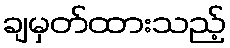
ချမှတ်ထားသည့်